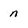
Character: n